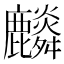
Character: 𪋲